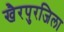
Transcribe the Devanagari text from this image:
खैरपुरजिला